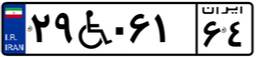
۰۶W۳۴۰۰۵